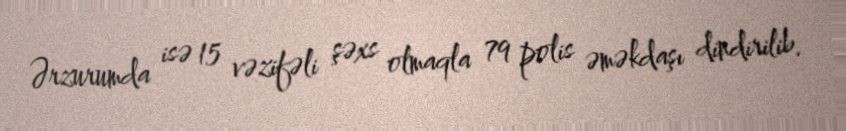
Ərzurumda isə 15 vəzifəli şəxs olmaqla 79 polis əməkdaşı dindirilib.